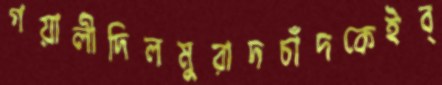
গয়ালীদিলমুরাদচাঁদকেইব্